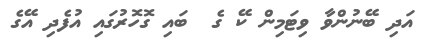
އަދި ބޭނުންވާ ވިޓަމިން ކޭ ގެ  ބައި ގޮހޮރުގައި އުފެދި އޭގެ